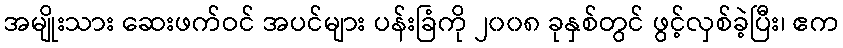
အမျိုးသား ဆေးဖက်ဝင် အပင်များ ပန်းခြံကို ၂၀၀၈ ခုနှစ်တွင် ဖွင့်လှစ်ခဲ့ပြီး၊ ဧက